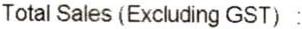
TOTAL SALES (EXCLUDING GST) :